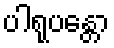
ပါရုပန္တော